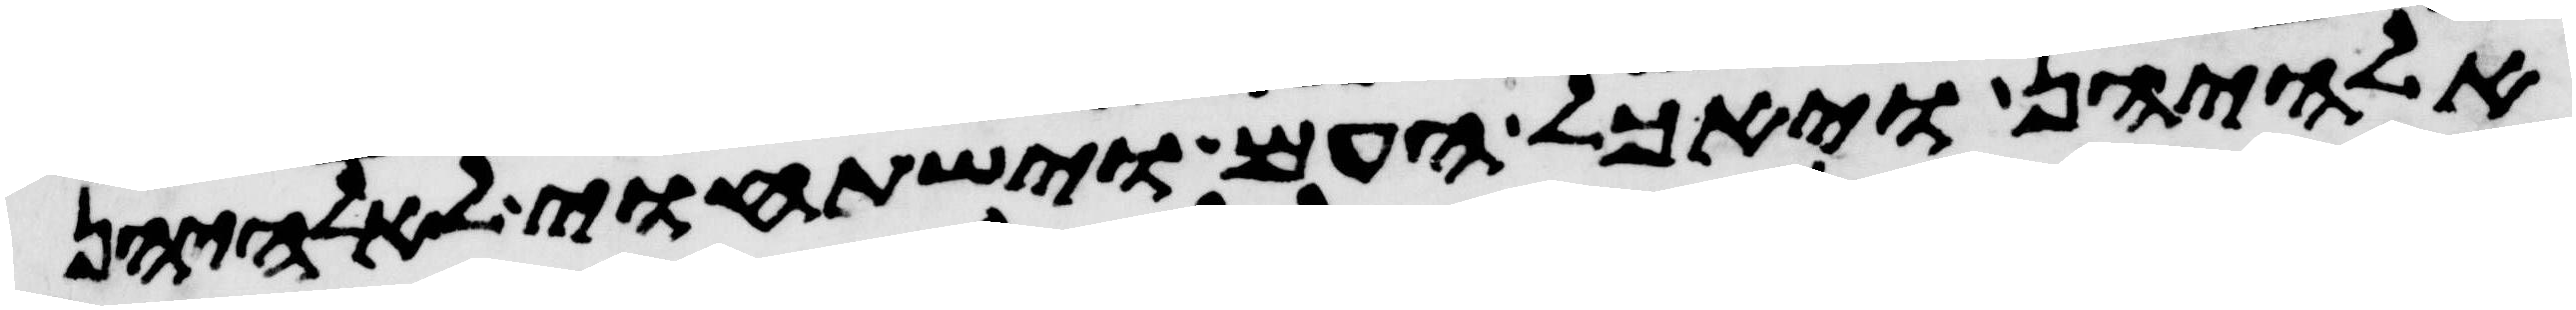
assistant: אלהיהן ויאכל העם וישתחוי לאלהיהן